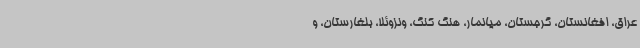
عراق، افغانستان، گرجستان، میانمار، هنگ کنگ، ونزوئلا، بلغارستان، و